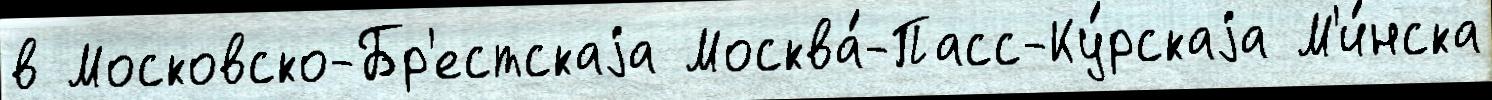
в Московско-Бр'естскаjа Москва́-Пасс-Ку́рскаjа М'и́нска